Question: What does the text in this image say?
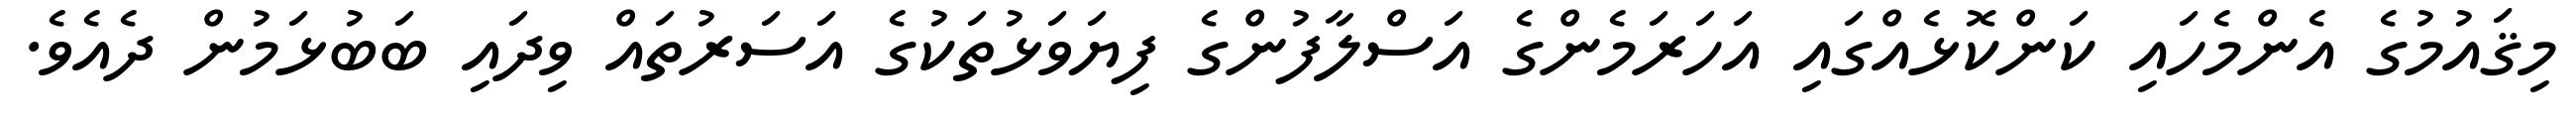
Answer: މިޤައުމުގެ އެންމެހައި ކަންކޮޅެއްގައި އަހަރަމެންގެ އަސްލާފުންގެ ފިޔަވަޅުތަކުގެ އަސަރުތައް ވިދައި ބަބުޅަމުން ދެއެވެ.